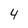
Character: 4